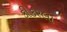
કીકરલા